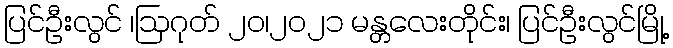
ပြင်ဦးလွင် ၊ဩဂုတ် ၂၀၊၂၀၂၁ မန္တလေးတိုင်း၊ ပြင်ဦးလွင်မြို့